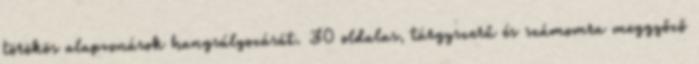
törökös alapvonások hangsúlyozását. 30 oldalas, tárgyszerű és számomra meggyőző